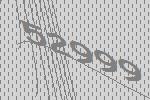
52999